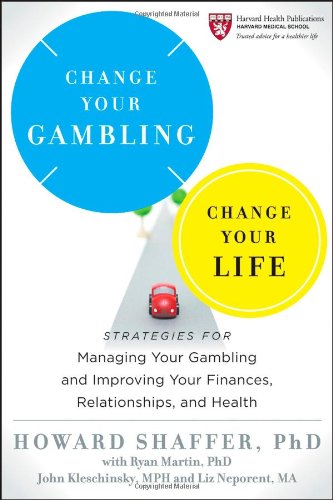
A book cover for Change Your Gambling, Change Your Life: Strategies for Managing Your Gambling and Improving Your Finances, Relationships, and Health; Howard Shaffer; Health, Fitness & Dieting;